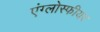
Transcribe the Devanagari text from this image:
एंग्लोस्फीयर